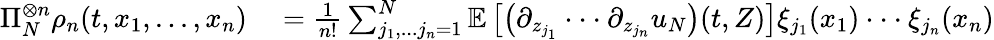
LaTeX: \begin{array}{rl}{\Pi_{N}^{\otimes n}\rho_{n}(t,x_{1},...,x_{n})}&{{}=\frac{1}{n!}\sum_{j_{1},...j_{n}=1}^{N}\mathbb{E}\left[\left(\partial_{z_{j_{1}}}\cdot\cdot\cdot\partial_{z_{j_{n}}}u_{N}\right)(t,Z)\right]\xi_{j_{1}}(x_{1})\cdot\cdot\cdot\xi_{j_{n}}(x_{n})}\end{array}